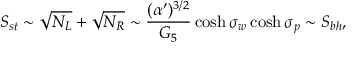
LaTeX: S _ { s t } \sim \sqrt { N _ { L } } + \sqrt { N _ { R } } \sim { \frac { ( \alpha ^ { \prime } ) ^ { 3 / 2 } } { G _ { 5 } } } \cosh \sigma _ { w } \cosh \sigma _ { p } \sim S _ { b h } ,